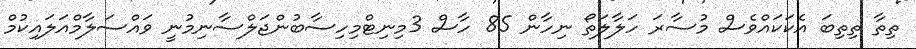
ތިތާ ތިތިބަ އެކަކައްވެސް މުސާރަ ހަލާލަތޯ ނިހާން 85 ހާސް 3މިނިޓްމިހިސާބުންޖަލްސާނިމުނީ ވައްސަލާމްއަލައިކުމް